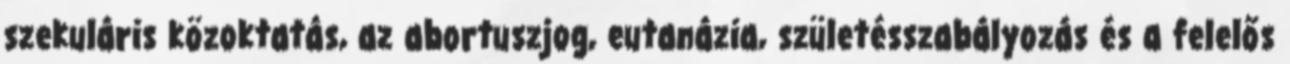
szekuláris közoktatás, az abortuszjog, eutanázia, születésszabályozás és a felelős